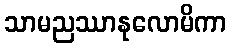
သာမညဿာနုလောမိကာ